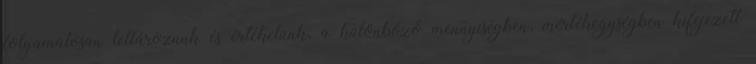
folyamatosan leltározunk és értékelünk, a különböző mennyiségben, mértékegységben kifejezett